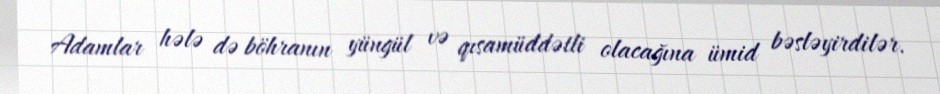
Adamlar hələ də böhranın yüngül və qısamüddətli olacağına ümid bəsləyirdilər.